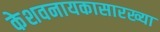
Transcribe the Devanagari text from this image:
केशवनायकासारख्या